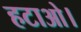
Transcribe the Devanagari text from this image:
हटाओ।